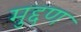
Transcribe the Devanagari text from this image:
मुद्दण